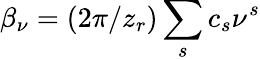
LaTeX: \beta_{\nu}=(2\pi/z_{r})\sum_{s}c_{s}\nu^{s}